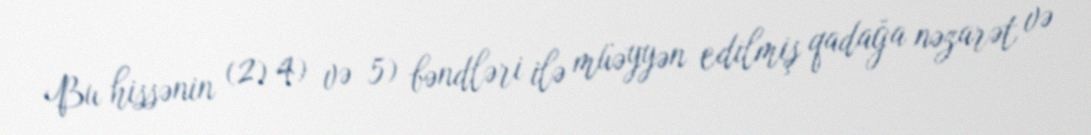
Bu hissənin (2) 4) və 5) bəndləri ilə müəyyən edilmiş qadağa nəzarət və